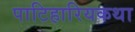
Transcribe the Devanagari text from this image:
पाटिहारियकथा